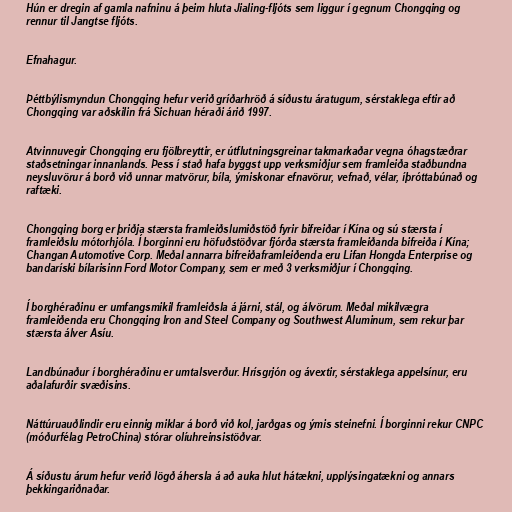
Hún er dregin af gamla nafninu á þeim hluta Jialing-fljóts sem liggur í gegnum Chongqing og
rennur til Jangtse fljóts.

Efnahagur.

Þéttbýlismyndun Chongqing hefur verið gríðarhröð á síðustu áratugum, sérstaklega eftir að
Chongqing var aðskilin frá Sichuan héraði árið 1997.

Atvinnuvegir Chongqing eru fjölbreyttir, er útflutningsgreinar takmarkaðar vegna óhagstæðrar
staðsetningar innanlands. Þess í stað hafa byggst upp verksmiðjur sem framleiða staðbundna
neysluvörur á borð við unnar matvörur, bíla, ýmiskonar efnavörur, vefnað, vélar, íþróttabúnað og
raftæki.

Chongqing borg er þriðja stærsta framleiðslumiðstöð fyrir bifreiðar í Kína og sú stærsta í
framleiðslu mótorhjóla. Í borginni eru höfuðstöðvar fjórða stærsta framleiðanda bifreiða í Kína;
Changan Automotive Corp. Meðal annarra bifreiðaframleiðenda eru Lifan Hongda Enterprise og
bandaríski bílarisinn Ford Motor Company, sem er með 3 verksmiðjur í Chongqing.

Í borghéraðinu er umfangsmikil framleiðsla á járni, stál, og álvörum. Meðal mikilvægra
framleiðenda eru Chongqing Iron and Steel Company og Southwest Aluminum, sem rekur þar
stærsta álver Asíu.

Landbúnaður í borghéraðinu er umtalsverður. Hrísgrjón og ávextir, sérstaklega appelsínur, eru
aðalafurðir svæðisins.

Náttúruauðlindir eru einnig miklar á borð við kol, jarðgas og ýmis steinefni. Í borginni rekur CNPC
(móðurfélag PetroChina) stórar olíuhreinsistöðvar.

Á síðustu árum hefur verið lögð áhersla á að auka hlut hátækni, upplýsingatækni og annars
þekkingariðnaðar.